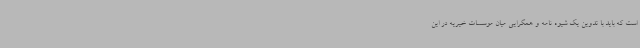
است که باید با تدوین یک شیوه نامه و همگرایی میان موسسات خیریه در این